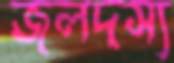
জলদস্য